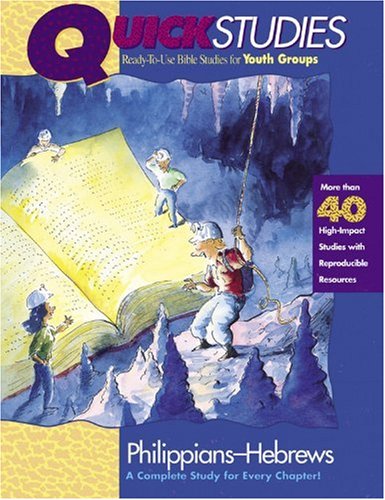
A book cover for Quick Studies: Ready to Use Bible Studies for Youth Groups, Philippians - Hebrews; David Cook; Christian Books & Bibles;